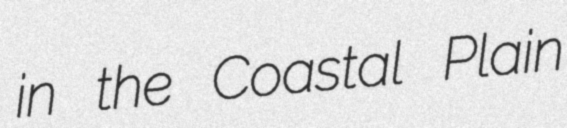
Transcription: in the Coastal Plain